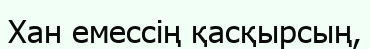
Хан емессің қасқырсың,